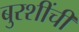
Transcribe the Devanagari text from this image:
बुरशींची